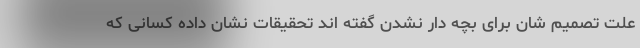
علت تصمیم شان برای بچه دار نشدن گفته اند تحقیقات نشان داده کسانی که